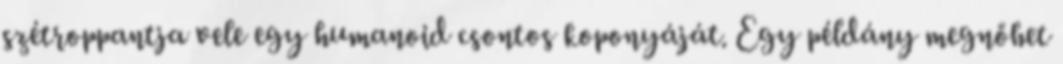
szétroppantja vele egy humanoid csontos koponyáját. Egy példány megnőhet